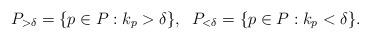
LaTeX: \begin{align*}P_{>\delta} = \{p\in P : k_p > \delta\}, \;\; P_{<\delta} = \{p\in P : k_p < \delta\}.\end{align*}